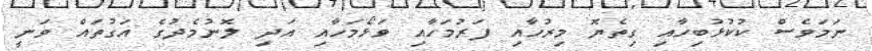
ނަމަވެސް ކުކުޅުބިހާއި ގިތެޔޮ މިރުހާއި ފަރުމަހާއި ވަޅޯމަހާއި އަދި ލޮނުމެދުގެ އަގުތައް ވަނީ